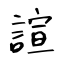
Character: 諠